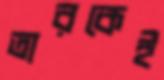
তারকেই